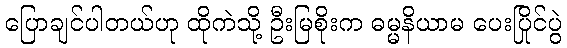
ပြောချင်ပါတယ်ဟု ထိုကဲသို့ ဦးမြစိုးက ဓမ္မနိယာမ ပေးပြိုင်ပွဲ